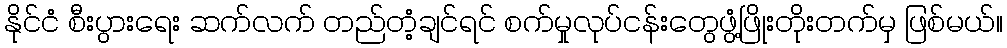
နိုင်ငံ စီးပွားရေး ဆက်လက် တည်တံ့ချင်ရင် စက်မှုလုပ်ငန်းတွေဖွံ့ဖြိုးတိုးတက်မှ ဖြစ်မယ်။